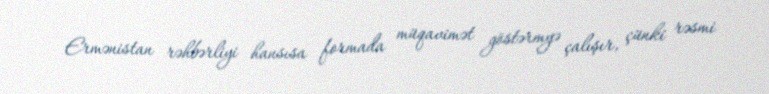
Ermənistan rəhbərliyi hansısa formada müqavimət göstərmyə çalışır, çünki rəsmi